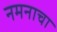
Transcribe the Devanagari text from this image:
नमनाचा